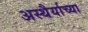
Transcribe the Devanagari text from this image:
अस्थैर्याच्या